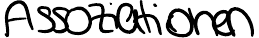
Assoziationen